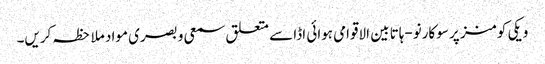
ویکی کومنز پر سوکارنو-ہاتا بین الاقوامی ہوائی اڈا سے متعلق سمعی و بصری مواد ملاحظہ کریں۔